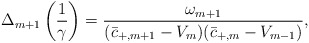
\begin{align*} \Delta_{m+1}\left(\frac{1}{\gamma}\right)=\frac{\omega_{m+1}}{(\bar{c}_{+,m+1}-V_{m})(\bar{c}_{+,m}-V_{m-1})},\end{align*}